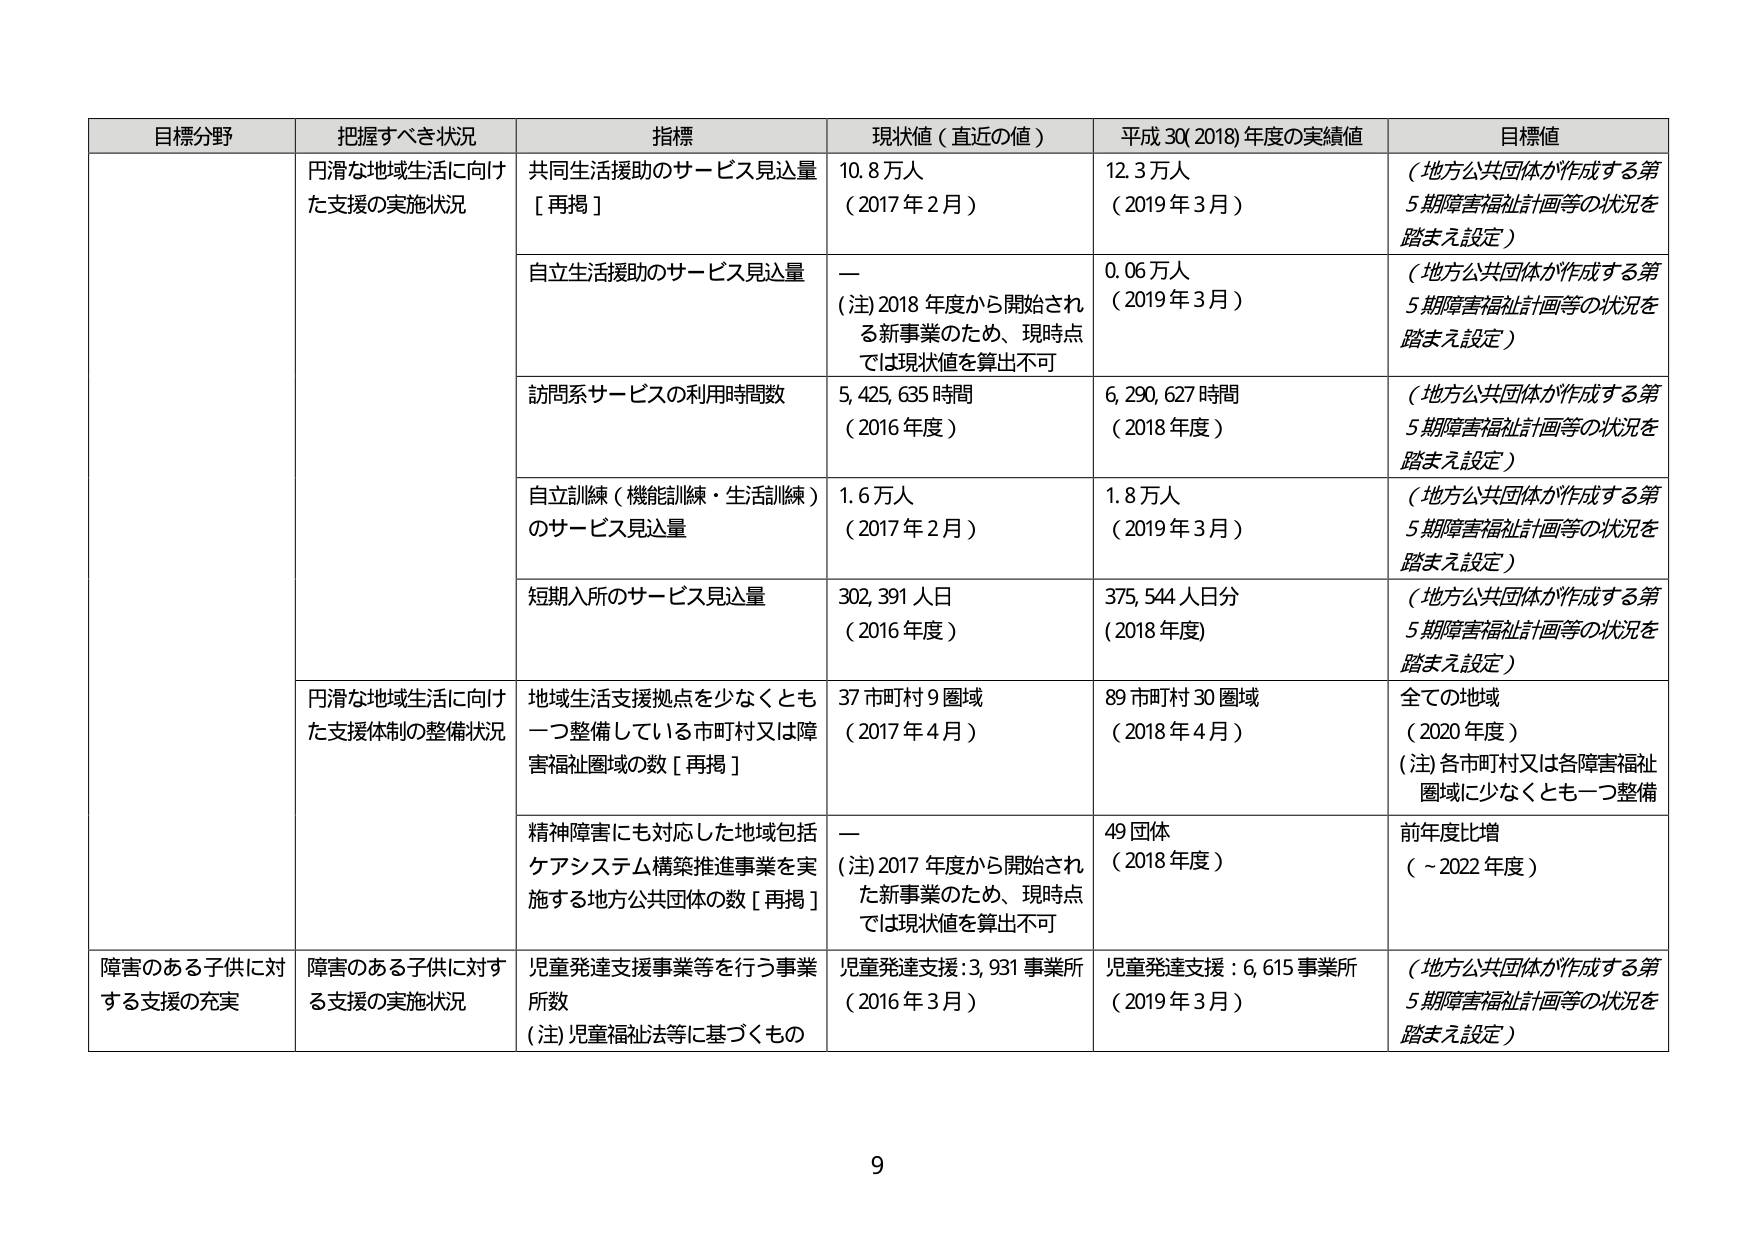
目標分野 把握すべき状況 指標 現状値（直近の値） 平成30(2018)年度の実績値 目標値
円滑な地域生活に向けた支援の実施状況 共同生活援助のサービス見込量［再掲］ 10.8万人（2017年2月） 12.3万人（2019年3月） （地方公共団体が作成する第5期障害福祉計画等の状況を踏まえ設定）
自立生活援助のサービス見込量 —（注）2018年度から開始される新事業のため、現時点では現状値を算出不可 0.06万人（2019年3月） （地方公共団体が作成する第5期障害福祉計画等の状況を踏まえ設定）
訪問系サービスの利用時間数 5,425,635時間（2016年度） 6,290,627時間（2018年度） （地方公共団体が作成する第5期障害福祉計画等の状況を踏まえ設定）
自立訓練（機能訓練・生活訓練）のサービス見込量 1.6万人（2017年2月） 1.8万人（2019年3月） （地方公共団体が作成する第5期障害福祉計画等の状況を踏まえ設定）
短期入所のサービス見込量 302,391人日（2016年度） 375,544人日分（2018年度） （地方公共団体が作成する第5期障害福祉計画等の状況を踏まえ設定）
円滑な地域生活に向けた支援体制の整備状況 地域生活支援拠点を少なくとも一つ整備している市町村又は障害福祉圏域の数［再掲］ 37市町村9圏域（2017年4月） 89市町村30圏域（2018年4月） 全ての地域（2020年度）（注）各市町村又は各障害福祉圏域に少なくとも一つ整備
精神障害にも対応した地域包括ケアシステム構築推進事業を実施する地方公共団体の数［再掲］ —（注）2017年度から開始された新事業のため、現時点では現状値を算出不可 49団体（2018年度） 前年度比増（～2022年度）
障害のある子供に対する支援の充実 障害のある子供に対する支援の実施状況 児童発達支援事業等を行う事業所数（注）児童福祉法等に基づくもの 児童発達支援：3,931事業所（2016年3月） 児童発達支援：6,615事業所（2019年3月） （地方公共団体が作成する第5期障害福祉計画等の状況を踏まえ設定）
9